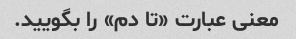
معنی عبارت «تا دم» را بگویید.